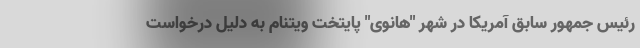
رئیس جمهور سابق آمریکا در شهر "هانوی" پایتخت ویتنام به دلیل درخواست